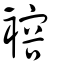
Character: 褣